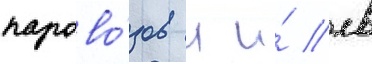
парово́зов л и́ лв